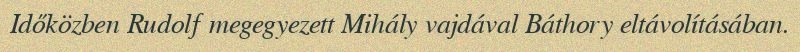
Időközben Rudolf megegyezett Mihály vajdával Báthory eltávolításában.